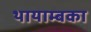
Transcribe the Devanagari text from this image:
थायाम्बका